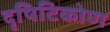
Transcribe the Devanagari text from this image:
दृषिटिकोण